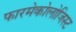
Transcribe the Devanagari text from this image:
फारमेकोलोजिस्ट